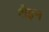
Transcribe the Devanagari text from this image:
शैइन